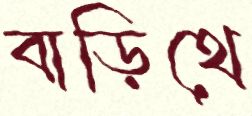
বাড়িথে